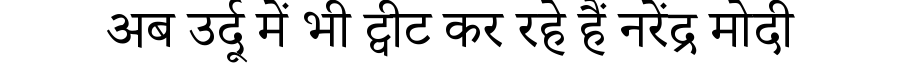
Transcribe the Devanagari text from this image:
अब उर्दू में भी ट्वीट कर रहे हैं नरेंद्र मोदी